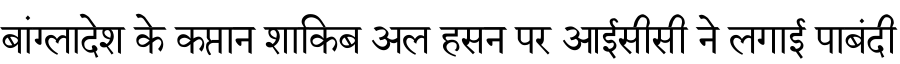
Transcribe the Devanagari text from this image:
बांग्लादेश के कप्तान शाकिब अल हसन पर आईसीसी ने लगाई पाबंदी